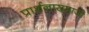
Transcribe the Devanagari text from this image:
प्रार्थनासमाजी